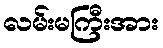
လမ်းမကြီးအား